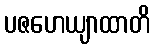
ပဇဟေယျာထာတိ